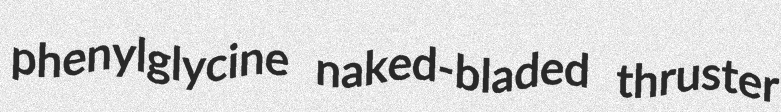
phenylglycine naked-bladed thruster